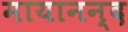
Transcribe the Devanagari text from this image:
मायानन्द